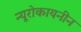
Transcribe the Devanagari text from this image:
न्यूरोकायनीन